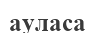
ауласа